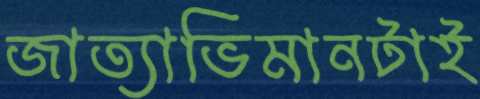
জাত্যাভিমানটাই